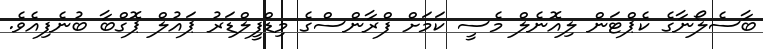
ބާސެލޯނާގެ ކެޕްޓަން ލިއޮނެލް މެސީ ކަމަށް ފްރާންސްގެ މިޑްފީލްޑަރު ޕައުލް ޕޮގްބާ ބުނެފިއެވެ.